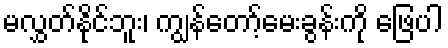
မလွှတ်နိုင်ဘူး၊ ကျွန်တော့်မေးခွန်းကို ဖြေပါ